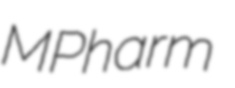
MPharm